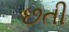
છતી